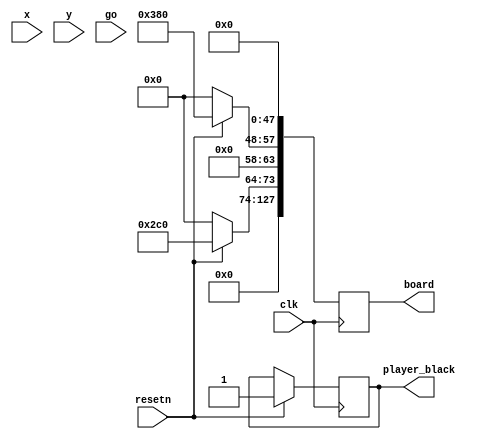


module board(
			input clk,
			input resetn,
			input [2:0]x,
			input [2:0]y,
			input go,
			
			output reg [127:0] board,
			output reg player_black
			);

	//position on the board
	//wire [6:0] position = {y, x, 1'b0};

	// initial the board.   000 empty; 100 enable; 110 white; 111 black.
	//reg [127:0]  board, next_board;
	//reg  check_enable, place_enable, reverse_enable, draw_enable; 



	always @(posedge clk)
		begin
			if (resetn)  // initial the board.
				begin 
					board[15:0] <= 16'b0000000000000000;
					board[31:16] <= 16'b0000000000000000;
					board[47:32] <= 16'b0000000000000000;
					board[63:48] <= 16'b0000001110000000;
					board[79:64] <= 16'b0000001011000000;
					board[95:80] <= 16'b0000000000000000;
					board[111:96] <= 16'b0000000000000000;
					board[127:112] <= 16'b0000000000000000;
					player_black <= 1'b1; 
				end
				
			else
				board <= 0;
		end
			
endmodule